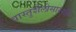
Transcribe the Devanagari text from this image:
वास्तुशैलीसारखी